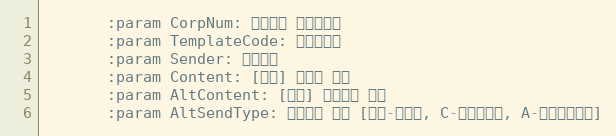
Language: Python
       :param CorpNum: 팝빌회원 사업자번호
       :param TemplateCode: 템플릿코드
       :param Sender: 발신번호
       :param Content: [동보] 알림톡 내용
       :param AltContent: [동보] 대체문자 내용
       :param AltSendType: 대체문자 유형 [공백-미전송, C-알림톡내용, A-대체문자내용]